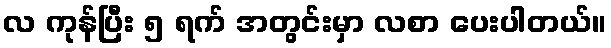
လ ကုန်ပြီး ၅ ရက် အတွင်းမှာ လစာ ပေးပါတယ်။